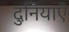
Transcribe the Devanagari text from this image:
दुनियाएँ